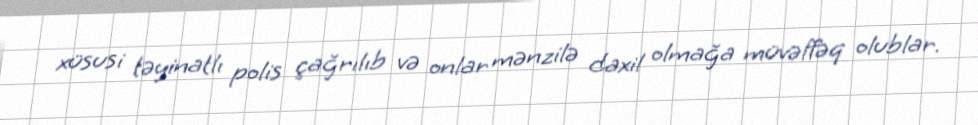
xüsusi təyinatlı polis çağrılıb və onlar mənzilə daxil olmağa müvəffəq olublar.